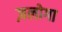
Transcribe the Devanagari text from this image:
ज़लोगा